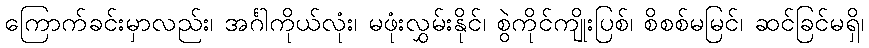
ကြောက်ခင်းမှာလည်း၊ အင်္ဂါကိုယ်လုံး၊ မဖုံးလွှမ်းနိုင်၊ စွဲကိုင်ကျိုးပြစ်၊ စိစစ်မမြင်၊ ဆင်ခြင်မရှိ၊